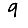
Digit: 9